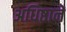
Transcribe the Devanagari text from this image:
अधिष्ठानें